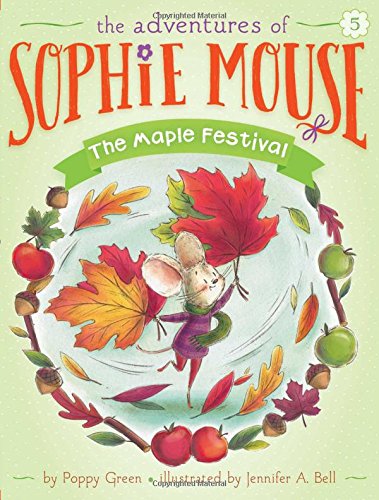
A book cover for The Maple Festival (The Adventures of Sophie Mouse); Poppy Green; Children's Books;